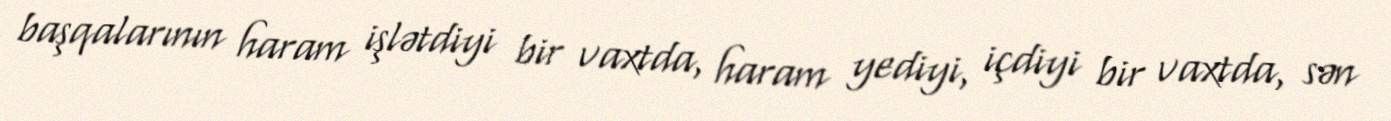
başqalarının haram işlətdiyi bir vaxtda, haram yediyi, içdiyi bir vaxtda, sən